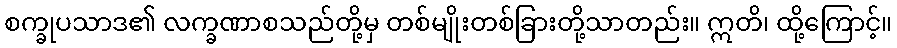
စက္ခုပသာဒ၏ လက္ခဏာစသည်တို့မှ တစ်မျိုးတစ်ခြားတို့သာတည်း။ ဣတိ၊ ထို့ကြောင့်။